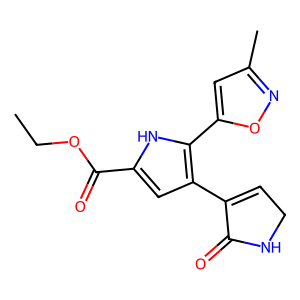
SMILES: CCOC(=O)c1cc(C2=CCNC2=O)c(-c2cc(C)no2)[nH]1
Inhibits HIV replication: No